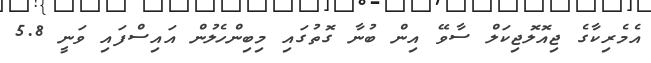
އެމެރިކާގެ ޖިއޮލޮޖިކަލް ސާވޭ އިން ބުނާ ގޮތުގައި މިބިންހެލުން އައިސްފައި ވަނީ 5.8